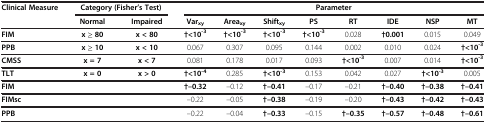
<table><thead><tr><td rowspan="2"><b>Clinical Measure</b></td><td colspan="2"><b>Category (Fisher’s Test)</b></td><td colspan="8"><b>Parameter</b></td></tr><tr><td><b>Normal</b></td><td><b>Impaired</b></td><td><b>Var<sub>xy</sub></b></td><td><b>Area<sub>xy</sub></b></td><td><b>Shift<sub>xy</sub></b></td><td><b>PS</b></td><td><b>RT</b></td><td><b>IDE</b></td><td><b>NSP</b></td><td><b>MT</b></td></tr></thead><tbody><tr><td><b>FIM</b></td><td><b>x ≥ 80</b></td><td><b>x &lt; 80</b></td><td><b>†&lt;10</b><sup><b>-3</b></sup></td><td><b>†&lt;10</b><sup><b>-3</b></sup></td><td><b>†&lt;10</b><sup><b>-3</b></sup></td><td><b>†&lt;10</b><sup><b>-3</b></sup></td><td>0.028</td><td><b>†0.001</b></td><td>0.015</td><td>0.049</td></tr><tr><td><b>PPB</b></td><td><b>x ≥ 10</b></td><td><b>x &lt; 10</b></td><td>0.067</td><td>0.307</td><td>0.095</td><td>0.144</td><td>0.002</td><td>0.010</td><td>0.024</td><td><b>†&lt;10</b><sup><b>-3</b></sup></td></tr><tr><td><b>CMSS</b></td><td><b>x = 7</b></td><td><b>x &lt; 7</b></td><td>0.081</td><td>0.178</td><td>0.017</td><td>0.093</td><td><b>†&lt;10</b><sup><b>-3</b></sup></td><td>0.007</td><td>0.014</td><td><b>†&lt;10</b><sup><b>-3</b></sup></td></tr><tr><td><b>TLT</b></td><td><b>x = 0</b></td><td><b>x &gt; 0</b></td><td><b>†&lt;10</b><sup><b>-4</b></sup></td><td>0.285</td><td><b>†&lt;10</b><sup><b>-3</b></sup></td><td>0.153</td><td>0.042</td><td>0.027</td><td><b>†&lt;10</b><sup><b>-3</b></sup></td><td>0.005</td></tr><tr><td><b>FIM</b></td><td> </td><td> </td><td><b>†–0.32</b></td><td>–0.12</td><td><b>†–0.41</b></td><td>–0.17</td><td>–0.21</td><td><b>†–0.40</b></td><td><b>†–0.38</b></td><td><b>†–0.41</b></td></tr><tr><td><b>FIMsc</b></td><td> </td><td> </td><td>–0.22</td><td>–0.05</td><td><b>†–0.38</b></td><td>–0.19</td><td>–0.20</td><td><b>†–0.43</b></td><td><b>†–0.42</b></td><td><b>†–0.43</b></td></tr><tr><td><b>PPB</b></td><td> </td><td> </td><td>–0.22</td><td>–0.04</td><td><b>†–0.33</b></td><td>–0.15</td><td><b>†–0.35</b></td><td><b>†–0.57</b></td><td><b>†–0.48</b></td><td><b>†–0.61</b></td></tr></tbody></table>